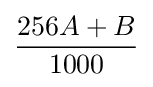
{\frac {256A+B}{1000}}